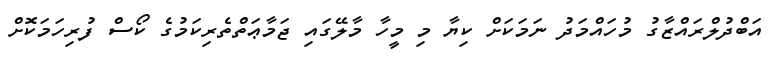
އަބްދުލްރައްޒާގު މުހައްމަދު ނަމަކަށް ކިޔާ މި މީހާ މާލޭގައި ޖަމާޢަތްތެރިކަމުގެ ކޯސް ފުރިހަމަކޮށް